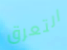
التعرق